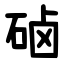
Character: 硵